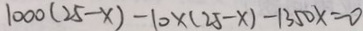
1 0 0 0 ( 2 5 - x ) - 1 0 \times ( 2 5 - x ) - 1 3 5 0 x = 0